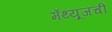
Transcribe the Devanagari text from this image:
मॅथ्यूजची